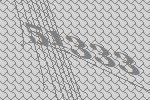
51333